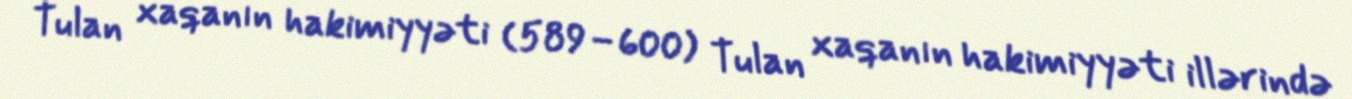
Tulan xaqanın hakimiyyəti (589–600) Tulan xaqanın hakimiyyəti illərində